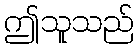
ဤသူသည်